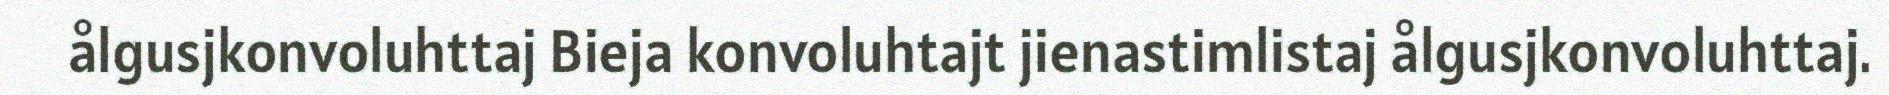
ålgusjkonvoluhttaj Bieja konvoluhtajt jienastimlistaj ålgusjkonvoluhttaj.